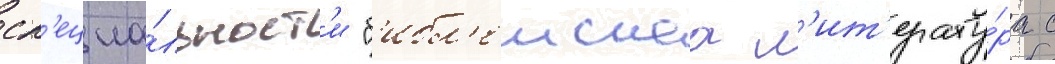
сп'ециа́льност'и "б'ибл'еискаа л'ит'ерату́ра с